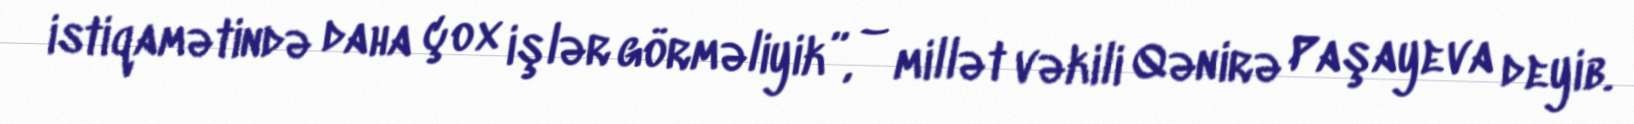
istiqamətində daha çox işlər görməliyik”, – millət vəkili Qənirə Paşayeva deyib.